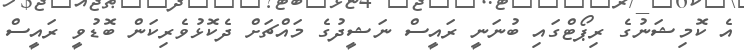
އެ ކޮމިޝަނުގެ ރިޕޯޓްގައި ބުނަނީ ރައީސް ނަޝީދުގެ މައްޗަށް ދެކޮޅުވެރިކަން ބޮޑުވީ ރައީސް